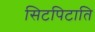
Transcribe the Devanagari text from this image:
सिटपिटाति